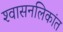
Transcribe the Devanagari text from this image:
श्‍वासनलिकांत